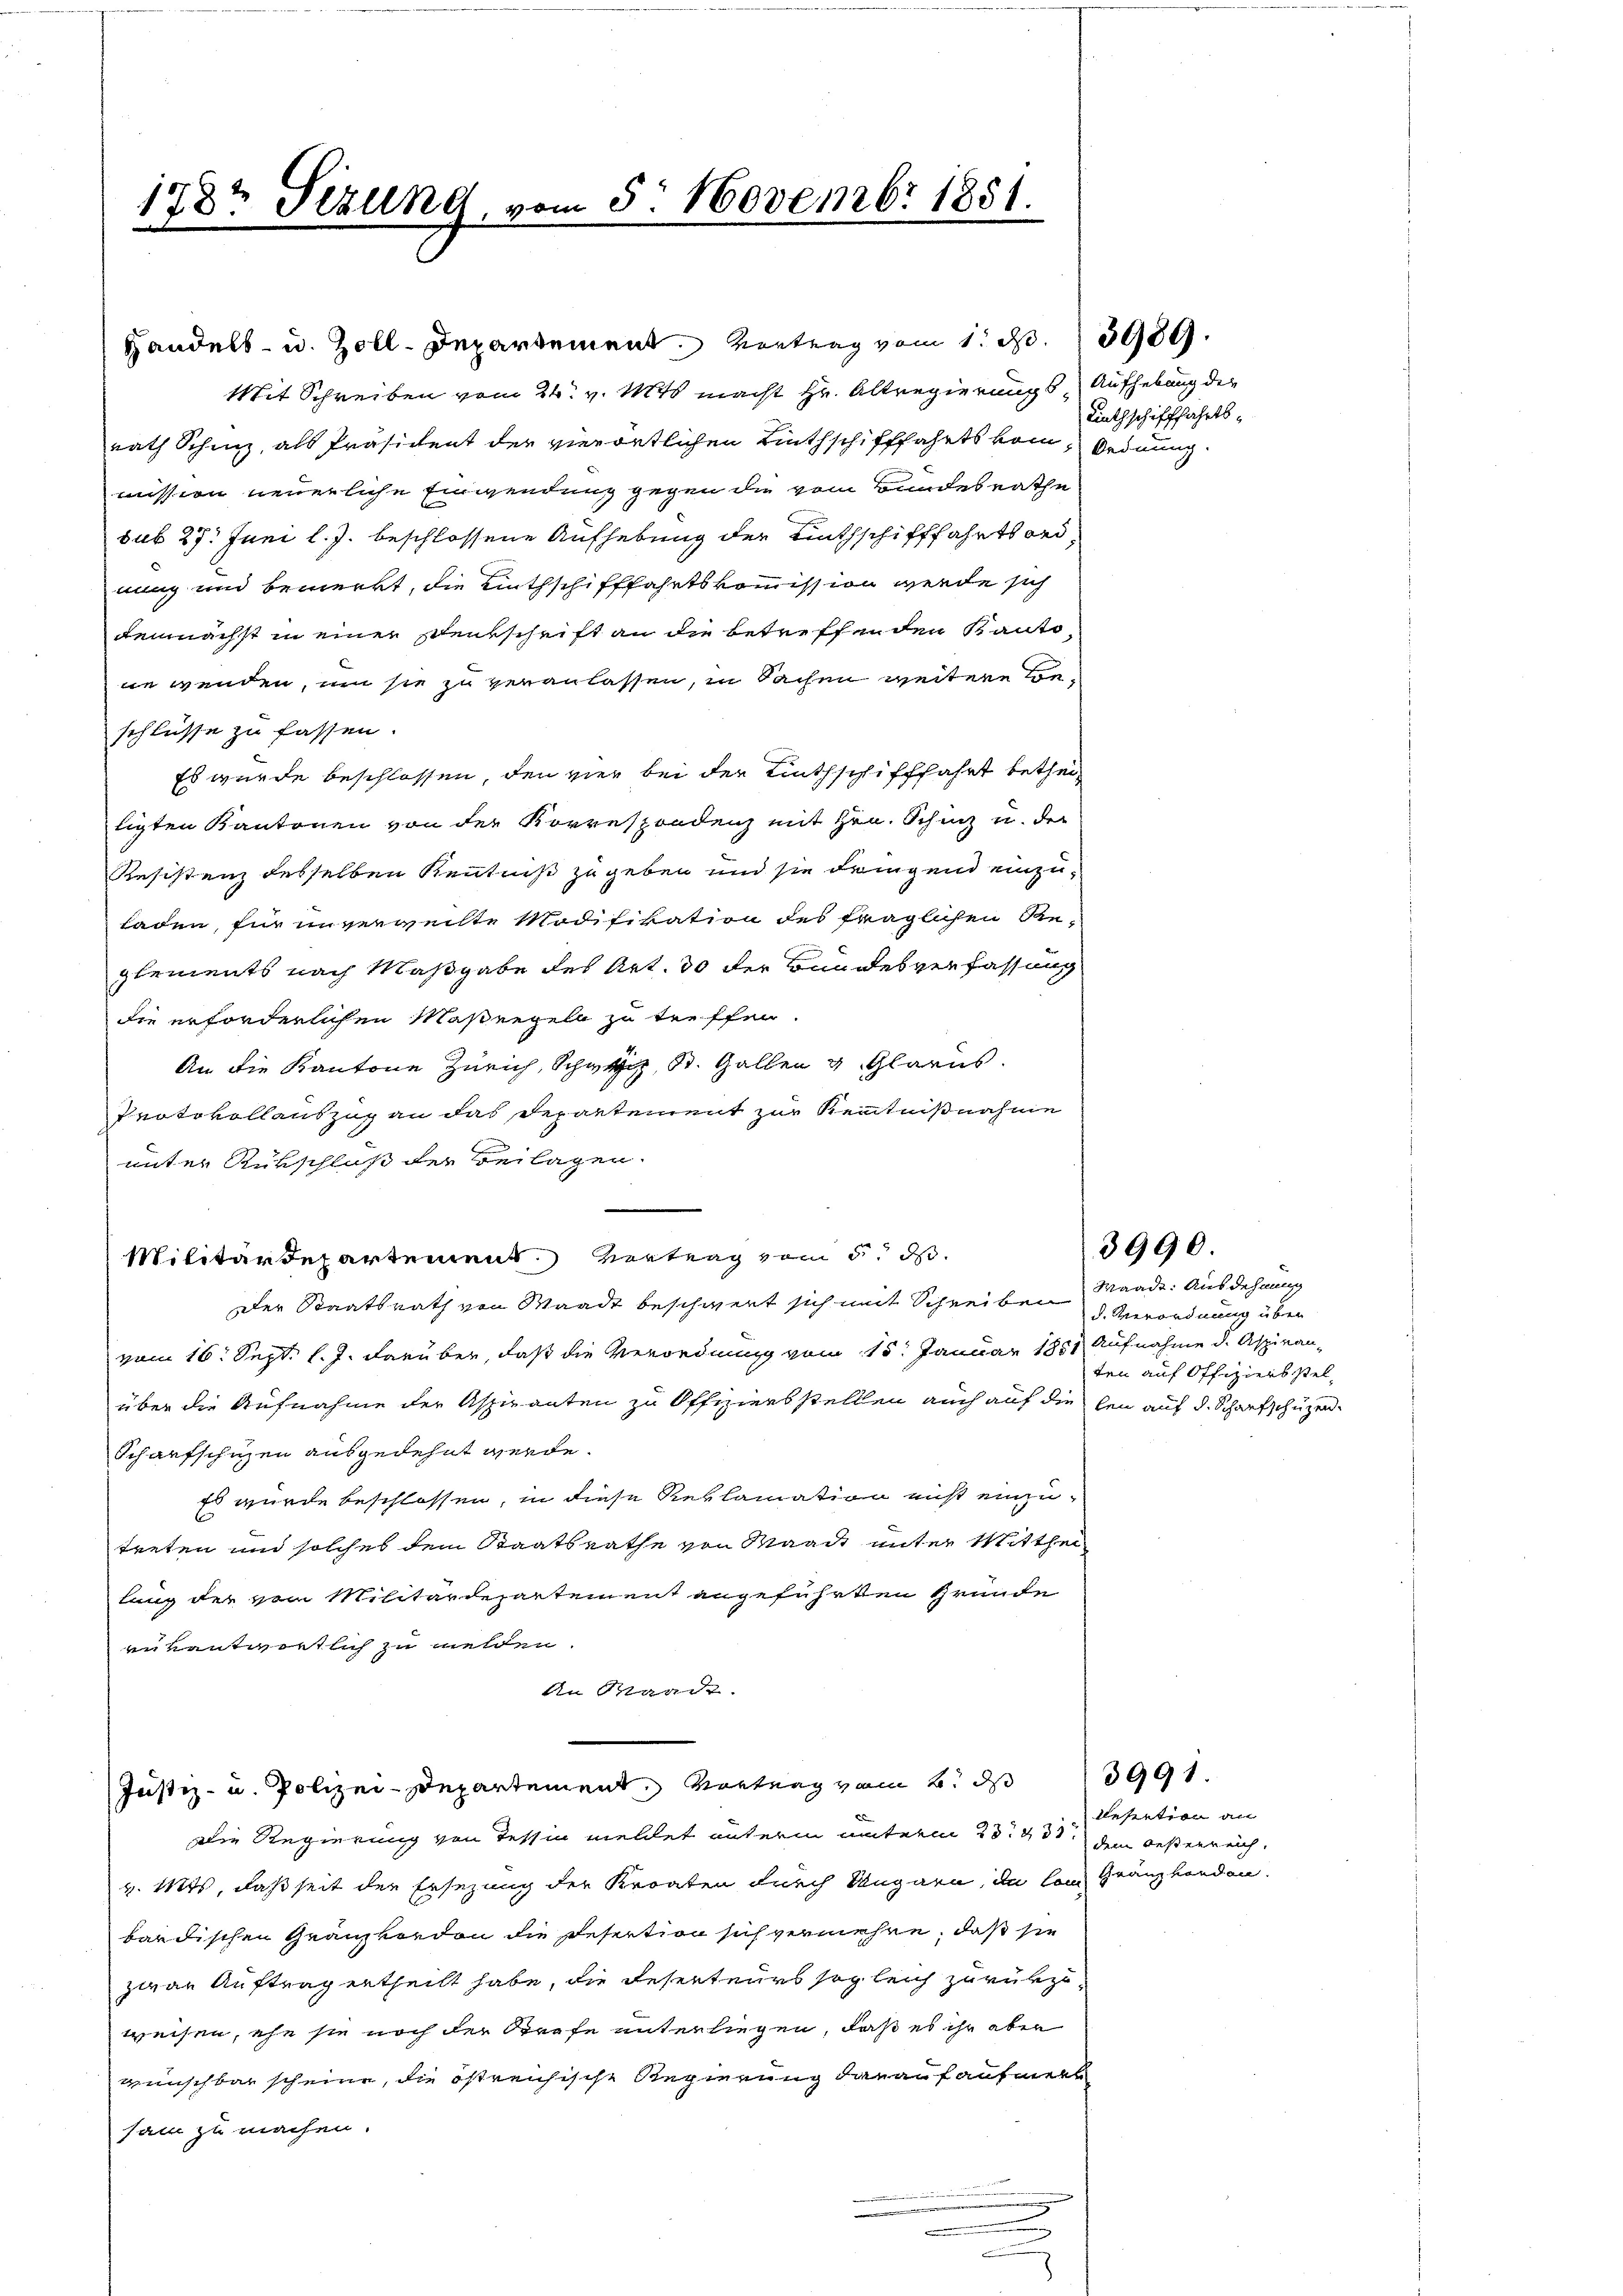
178r Sizung, vom 5. Novembr 1851.

Mit Schreiben vom 24. v. Mts. macht Hr. Altregierungs Aufhebung der
rath Schinz, als Präsident der vierörtlichen Linthschifffahrts kom, Ordnung
mission neuerliche Einwendung gegen die vom Bundesrathe
sub 27. Juni l. J. beschlossene Aufhebung der Linthschifffahrtsord
nung und bemerkt, die Linthschifffahrtskommission werde sich
demnächst in einer Denkschrift an die betreffenden Kantone wenden, um sie zu veranlassen, in Sachen weitere Beschlüsse zu fassen.
Es wurde beschlossen, den vier bei der Linthschifffahrt betheil
ligten Kantonen von der Korrespondenz mit Hrn. Schinz u. der
Resistenz desselben Kenntniß zugeben und sie dringend einzuladen, für unverweilte Modifikation des fraglichen Re-
glements nach Maßgabe des Art. 30 der Bundesverfassung
die erforderlichen Maßregeln zu treffen.
An die Kantone Zürich, Schwyz, St. Gallen v. Glarus.
Protokollauszug an das Departement zur Kenntnißnahme
unter Rükschluß der Beilagen.
Militärdepartement. Vertrag vom 5. d.
Der Staatsrath von Waadt beschwert sich mit Schreiben Waadt. Ausdehnung
vom 16. Sept. l. J. darüber, daß die Verordnung vom 15. Januar 1881 Aufnahme d. Aspiranüber die Aufnahme der Aspiranten zu Offiziersstellen auch auf die len auf d. Scharfschüzen
Schaufschuzen ausgedehnt werde.
Es wurde beschlossen, in diese Reklamation ist einzutreten und solches dem Staatsrathe von Waadt unter Mitthei
lang der vom Militärdepartement angeführten Gründe
enkantwortlich zu melden.
An Waade.
Justiz- u. Polizei-Departement, Vortrag vom 6. ds             3991.
Die Regierung von Tessin meldet unterm unterm 23. 431. dem besterreichv. Mts, daß seit der Ersezung der Kroaten durch Ungarn, da von Gränzhanden.
bardischen Granzkordon die Resertion sich vermehre, daß sie
zwar Auftrag ertheilt habe, die Reserteurs sogleich zurükzuweisen, ehe sie noch der Strafe unterliegen, daß es ihr aber
wunschbar scheine, die östreichische Regierung darauf aufmerk
sam zu machen.

Handels- u. Zoll-Departement. Vortrag vom 1. S. 15989.

Linthschifffahrts¬

3990.

d. Verordnung über
ten auf Offiziersstel¬

Resertion an